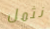
نثمل